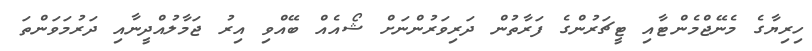
ހިރިޔާގެ މެނޭޖްމެންޓާއި ޓީޗަރުންގެ ފަރާތުން ދަރިވަރުންނަށް ޝޯއެއް ބޭއްވި އިރު ޖަމާލުއްދީނާއި ދަރުމަވަންތަ